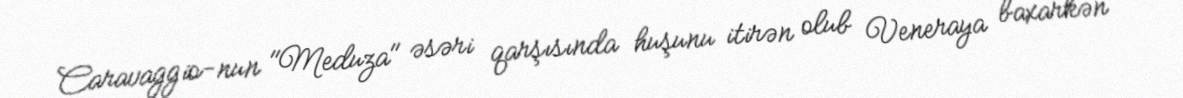
Caravaggio-nun "Meduza" əsəri qarşısında huşunu itirən olub Veneraya baxarkən